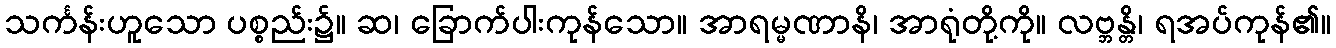
သင်္ကန်းဟူသော ပစ္စည်း၌။ ဆ၊ ခြောက်ပါးကုန်သော။ အာရမ္မဏာနိ၊ အာရုံတို့ကို။ လဗ္ဘန္တိ၊ ရအပ်ကုန်၏။